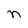
Character: n